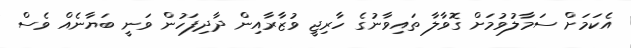
އެކަމަށް ސަމާލުވުމަށް ގޮވާލާ ތައިވާނުގެ ހާރިޖީ ވުޒާރާއިން ދާދިފަހުން ވަނީ ބަޔާނެއް ވެސް